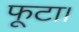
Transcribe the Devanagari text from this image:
फूटा।